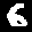
Label: 6